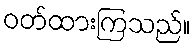
ဝတ်ထားကြသည်။